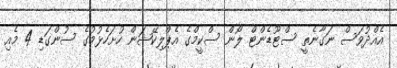
އެއްދުވަސް ނަގާނެތީ ސްޓޫޑެންޓް ލޯން ސްކީމްގެ އެޕްލިކޭޝަން ހުށަހެޅުމުގެ ސުންގަޑި 4 މެއި